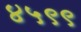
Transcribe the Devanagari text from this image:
४५९९